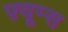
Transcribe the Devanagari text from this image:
फ़्यूम्स